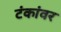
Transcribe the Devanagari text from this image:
टंकांवर